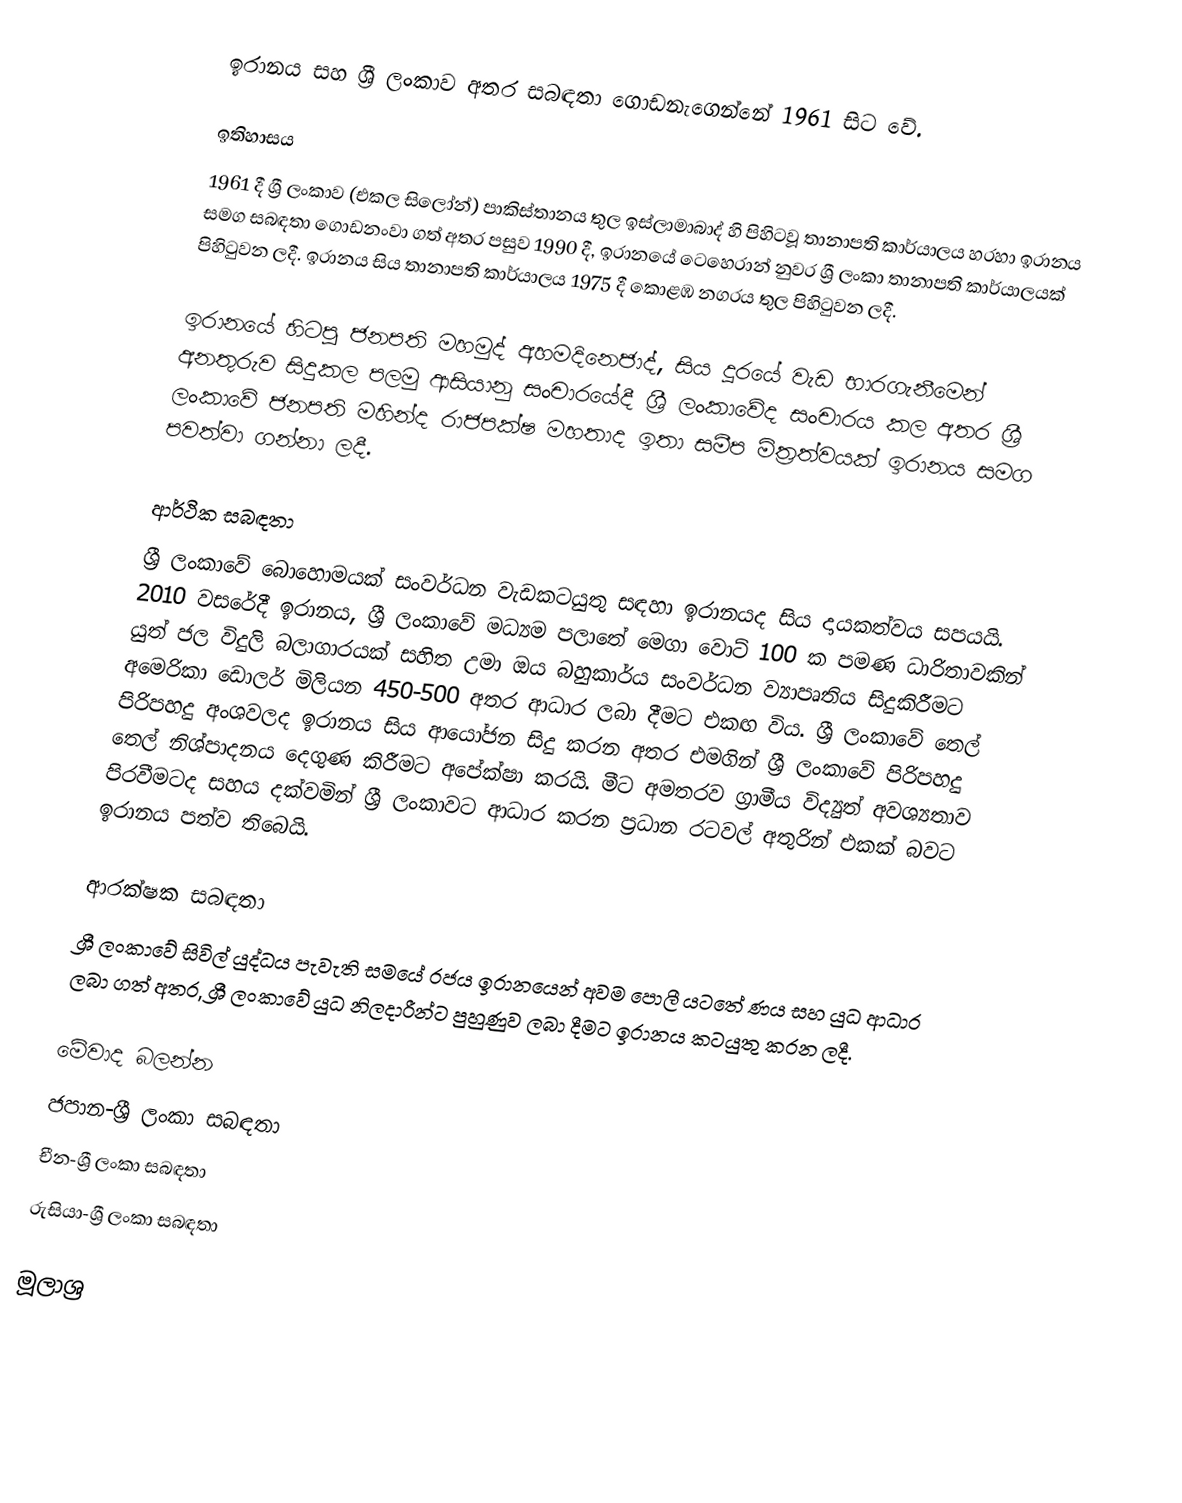
ඉරානය සහ ශ්‍රී ලංකාව  අතර සබඳතා ගොඩනැගෙන්නේ 1961 සිට වේ.

ඉතිහාසය
1961 දී ශ්‍රී ලංකාව (එකල සිලෝන්) පාකිස්තානය තුල ඉස්ලාමාබාද් හි පිහිටවූ තානාපති කාර්යාලය හරහා ඉරානය සමග සබඳතා ගොඩනංවා ගත් අතර පසුව 1990 දී, ඉරානයේ ටෙහෙරාන් නුවර ශ්‍රී ලංකා තානාපති කාර්යාලයක් පිහිටුවන ලදී. ඉරානය සිය තානාපති කාර්යාලය 1975 දී කොළඹ නගරය තුල පිහිටුවන ලදී.

ඉරානයේ හිටපු ජනපති මහමුද් අහමදිනෙජාද්, සිය දූරයේ වැඩ භාරගැනීමෙන් අනතුරුව සිදුකල පලමු ආසියානු සංචාරයේදී ශ්‍රී ලංකාවේද සංචාරය කල අතර ශ්‍රී ලංකාවේ ජනපති මහින්ද රාජපක්ෂ මහතාද ඉතා සමීප මිත්‍රත්වයක් ඉරානය සමග පවත්වා ගන්නා ලදී.

ආර්ථික සබඳතා
ශ්‍රී ලංකාවේ බොහොමයක් සංවර්ධන වැඩකටයුතු සඳහා ඉරානයද සිය දායකත්වය සපයයි. 2010 වසරේදී ඉරානය, ශ්‍රී ලංකාවේ මධ්‍යම පලාතේ මෙගා වොට් 100 ක පමණ ධාරිතාවකින් යුත් ජල විදුලි බලාගාරයක් සහිත උමා ඔය බහුකාර්ය සංවර්ධන ව්‍යාපෘතිය සිදුකිරීමට අමෙරිකා ඩොලර් මිලියන 450-500 අතර ආධාර ලබා දීමට එකඟ විය. ශ්‍රී ලංකාවේ තෙල් පිරිපහදු අංශවලද ඉරානය සිය ආයෝජන සිදු කරන අතර එමගින් ශ්‍රී ලංකාවේ පිරිපහදු තෙල් නිශ්පාදනය දෙගුණ කිරීමට අපේක්ෂා කරයි. මීට අමතරව ග්‍රාමීය විද්‍යුත් අවශ්‍යතාව පිරවීමටද සහය දක්වමින් ශ්‍රී ලංකාවට ආධාර කරන ප්‍රධාන රටවල් අතුරින් එකක් බවට ඉරානය පත්ව තිබෙයි.

ආරක්ෂක සබඳතා
ශ්‍රී ලංකාවේ සිවිල් යුද්ධය පැවැති සමයේ රජය ඉරානයෙන් අවම පොලී යටතේ ණය සහ යුධ ආධාර ලබා ගත් අතර, ශ්‍රී ලංකාවේ යුධ නිලදාරීන්ට පුහුණුව ලබා දීමට ඉරානය කටයුතු කරන ලදී.

මේවාද බලන්න
ජපාන-ශ්‍රී ලංකා සබඳතා
චීන-ශ්‍රී ලංකා සබඳතා
රුසියා-ශ්‍රී ලංකා සබඳතා

මූලාශ්‍ර